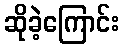
ဆိုခဲ့ကြောင်း